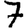
Digit: 7